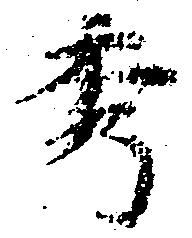
秀